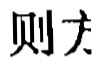
则大